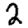
Digit: 2